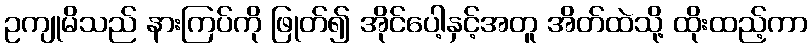
ဥကျုမိသည် နားကြပ်ကို ဖြုတ်၍ အိုင်ပေါ့နှင့်အတူ အိတ်ထဲသို့ ထိုးထည့်ကာ